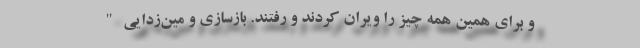
و برای همین همه چیز را ویران کردند و رفتند. بازسازی و مین‌زدایی "